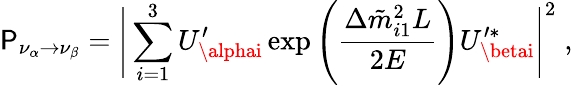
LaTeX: \mathsf{P}_{\nu_{\alpha}\rightarrow\nu_{\beta}}=\Bigg|\sum_{i=1}^{3}U_{\alphai}^{\prime}\exp\left(\frac{{\Delta\tilde{{m}}_{i1}^{2}L}}{{2E}}\right)U_{\betai}^{\prime\ast}\Bigg|^{2}\; ,